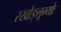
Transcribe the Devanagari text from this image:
रखोङ्लूम्योः